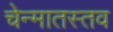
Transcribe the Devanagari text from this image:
चेन्मातस्तव